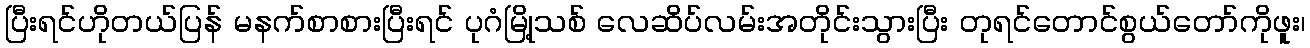
ပြီးရင်ဟိုတယ်ပြန် မနက်စာစားပြီးရင် ပုဂံမြို့သစ် လေဆိပ်လမ်းအတိုင်းသွားပြီး တုရင်တောင်စွယ်တော်ကိုဖူး၊